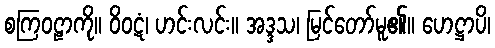
စကြဝဠာကို။ ဝိဝဋံ၊ ဟင်းလင်း။ အဒ္ဒသ၊ မြင်တော်မူ၏။ ဟေဋ္ဌာပိ၊